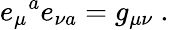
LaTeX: e_{\mu}{}^{a}e_{\nu a}=g_{\mu\nu}\ .